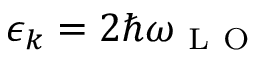
\epsilon _ { \boldsymbol { k } } = 2 \hbar \omega _ { \mathrm { ~ L ~ O ~ } }